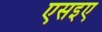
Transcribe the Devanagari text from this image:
एसइए